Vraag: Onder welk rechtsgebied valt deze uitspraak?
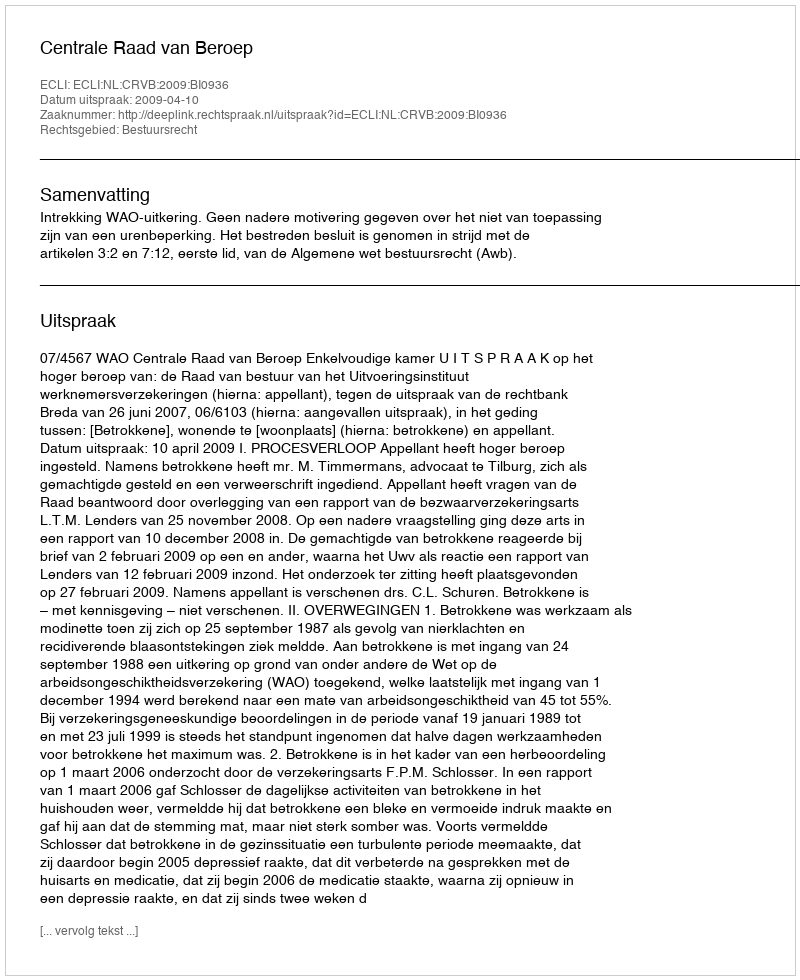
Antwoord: Bestuursrecht